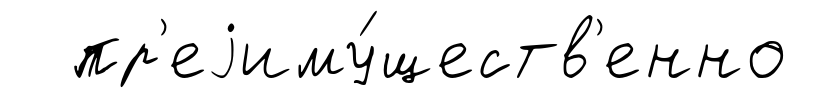
пр'еjиму́ществ'енно